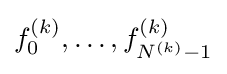
f_{0}^{(k)},\ldots ,f_{N^{(k)}-1}^{(k)}